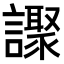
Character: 𧭍